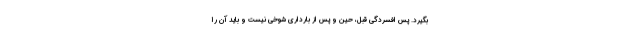
بگیرد. پس افسردگی قبل، حین و پس از بارداری شوخی نیست و باید آن را